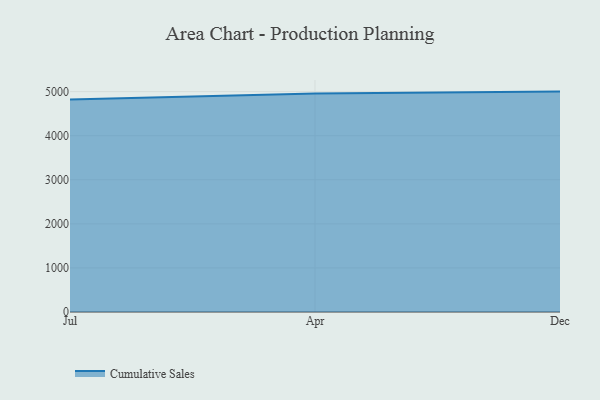
{"axis": {"x": "Month", "y": "Active Users"}, "legend": ["Cumulative Sales"], "data": [{"x": "Jul", "y": 4819.2, "type": "Cumulative Sales"}, {"x": "Apr", "y": 4959.6, "type": "Cumulative Sales"}, {"x": "Dec", "y": 5000, "type": "Cumulative Sales"}]}